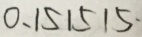
0 . 1 5 1 5 1 5 \cdot